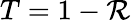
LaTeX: T=1-\mathcal{R}